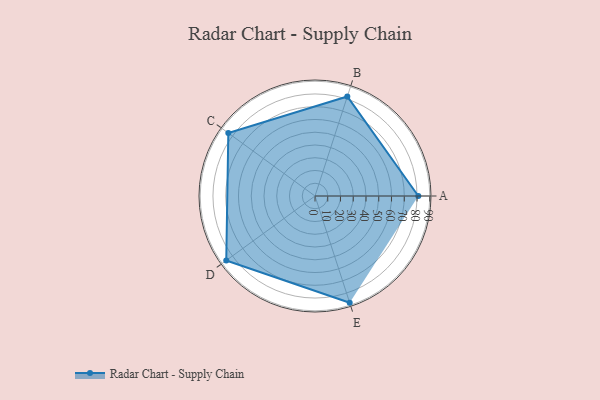
{"axis": {"x": "Skill", "y": "Score"}, "legend": ["Profile"], "data": [{"x": "A", "y": 81.0, "type": "Profile"}, {"x": "B", "y": 82.0, "type": "Profile"}, {"x": "C", "y": 84.0, "type": "Profile"}, {"x": "D", "y": 86.0, "type": "Profile"}, {"x": "E", "y": 88.0, "type": "Profile"}]}